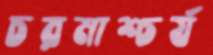
চরমাশ্চর্য